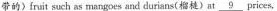
带的》fruit such as mangoes end durians(榴莲)at \underline{9} prices.